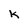
Character: k